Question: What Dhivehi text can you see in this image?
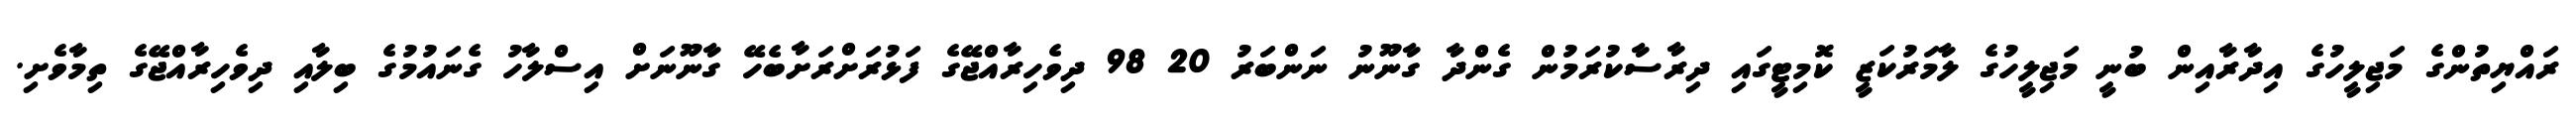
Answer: ރައްޔިތުންގެ މަޖިލީހުގެ އިދާރާއިން ބުނީ މަޖިލީހުގެ ލާމަރުކަޒީ ކޮމިޓީގައި ދިރާސާކުރަމުން ގެންދާ ގާނޫނު ނަންބަރު 20 98 ދިވެހިރާއްޖޭގެ ފަޅުރަށްރަށާބެހޭ ގާނޫނަށް އިސްލާހު ގެނައުމުގެ ބިލާއި ދިވެހިރާއްޖޭގެ ތިމާވެށި.